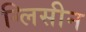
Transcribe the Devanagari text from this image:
ग्लिसीन